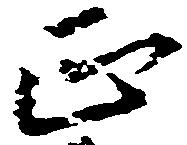
正